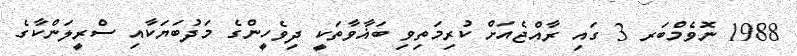
1988 ނޮވެމްބަރ 3 ގައި ރާއްޖެއަށް ކުރިމަތިވި ބަޣާވާތަކީ ދިވެހީންގެ މަދުބަޔަކާއި ސްރީލަންކާގެ